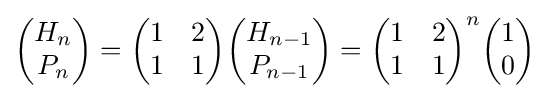
{\begin{pmatrix}H_{n}\\P_{n}\end{pmatrix}}={\begin{pmatrix}1&2\\1&1\end{pmatrix}}{\begin{pmatrix}H_{n-1}\\P_{n-1}\end{pmatrix}}={\begin{pmatrix}1&2\\1&1\end{pmatrix}}^{n}{\begin{pmatrix}1\\0\end{pmatrix}}